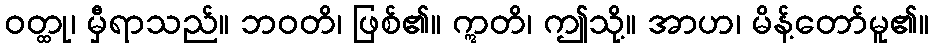
ဝတ္ထု၊ မှီရာသည်။ ဘဝတိ၊ ဖြစ်၏။ ဣတိ၊ ဤသို့။ အာဟ၊ မိန့်တော်မူ၏။